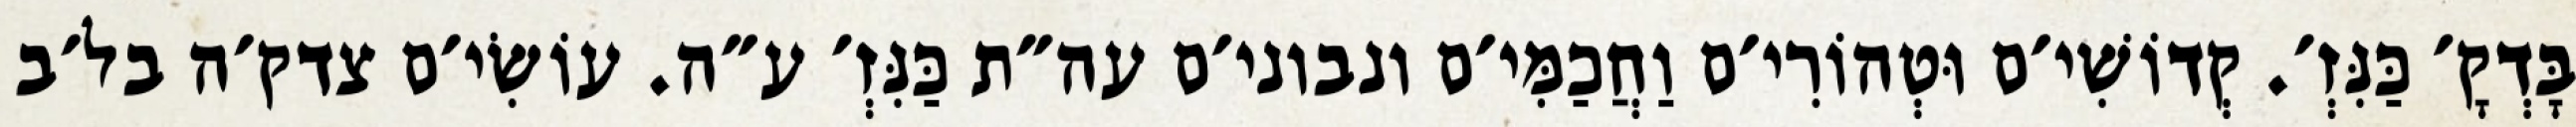
בָּדְקָ׳ כַּנִּזְ׳. קְדוֹשִׁי׳ם וּטְהוֹרִי׳ם וַחֲכַמִּי׳ם ונבוני׳ם עה״ת כַּנִּזְ׳ ע״ה. עוֹשִׂי׳ם צדק׳ה בל׳ב